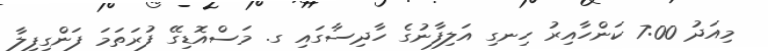
މިއަދު 7:00 ކަންހާއިރު ހިނގި އަލިފާނުގެ ހާދިސާގައި ގ. މަސްއޮޑިގޭ ފުރަތަމަ ފަންގިފިލާ